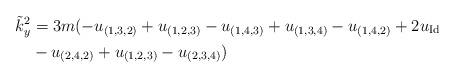
LaTeX: \begin{align*} \tilde k_{y}^2 & = 3 m (-u_{(1,3,2)}+ u_{(1,2,3)}- u_{(1,4,3)} +u_{(1,3,4)}-u_{(1,4,2)}+2u_\mathrm{Id}\\ &-u_{(2,4,2)} + u_{(1,2,3)}-u_{(2,3,4)}) \end{align*}